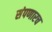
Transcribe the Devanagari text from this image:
संपणारच